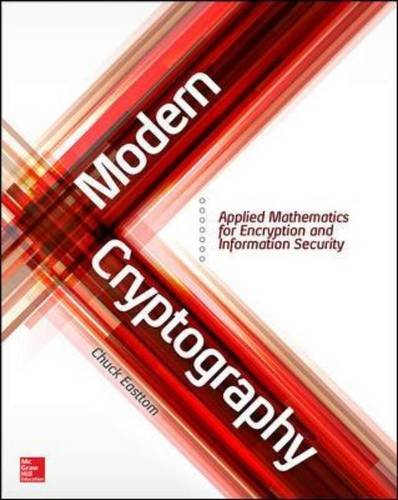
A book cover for Modern Cryptography: Applied Mathematics for Encryption and Information Security; Chuck Easttom; Computers & Technology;